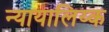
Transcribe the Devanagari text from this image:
न्यायालिय्क